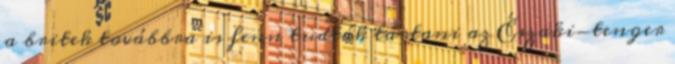
a britek továbbra is fenn tudták tartani az Északi-tenger